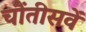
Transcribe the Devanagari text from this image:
चौंतीसवें